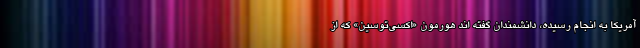
آمریکا به انجام رسیده، دانشمندان گفته اند هورمون «اکسی‌توسین» که از